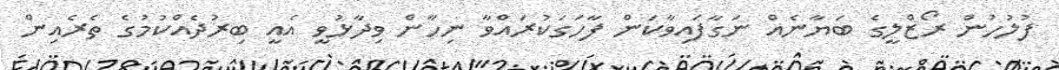
ފުލުހުން ރޯޒްލީގެ ބަޔާނެއް ނަގާފައިވާކަން ފާހަގަކުރައްވާ ނިހާން ވިދާޅުވީ އެއީ ބިރުދެއްކުމުގެ ތެރެއިން